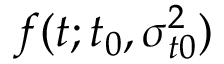
f ( t ; t _ { 0 } , \sigma _ { t 0 } ^ { 2 } )